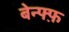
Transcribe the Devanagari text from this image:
बेन्फ्फ़